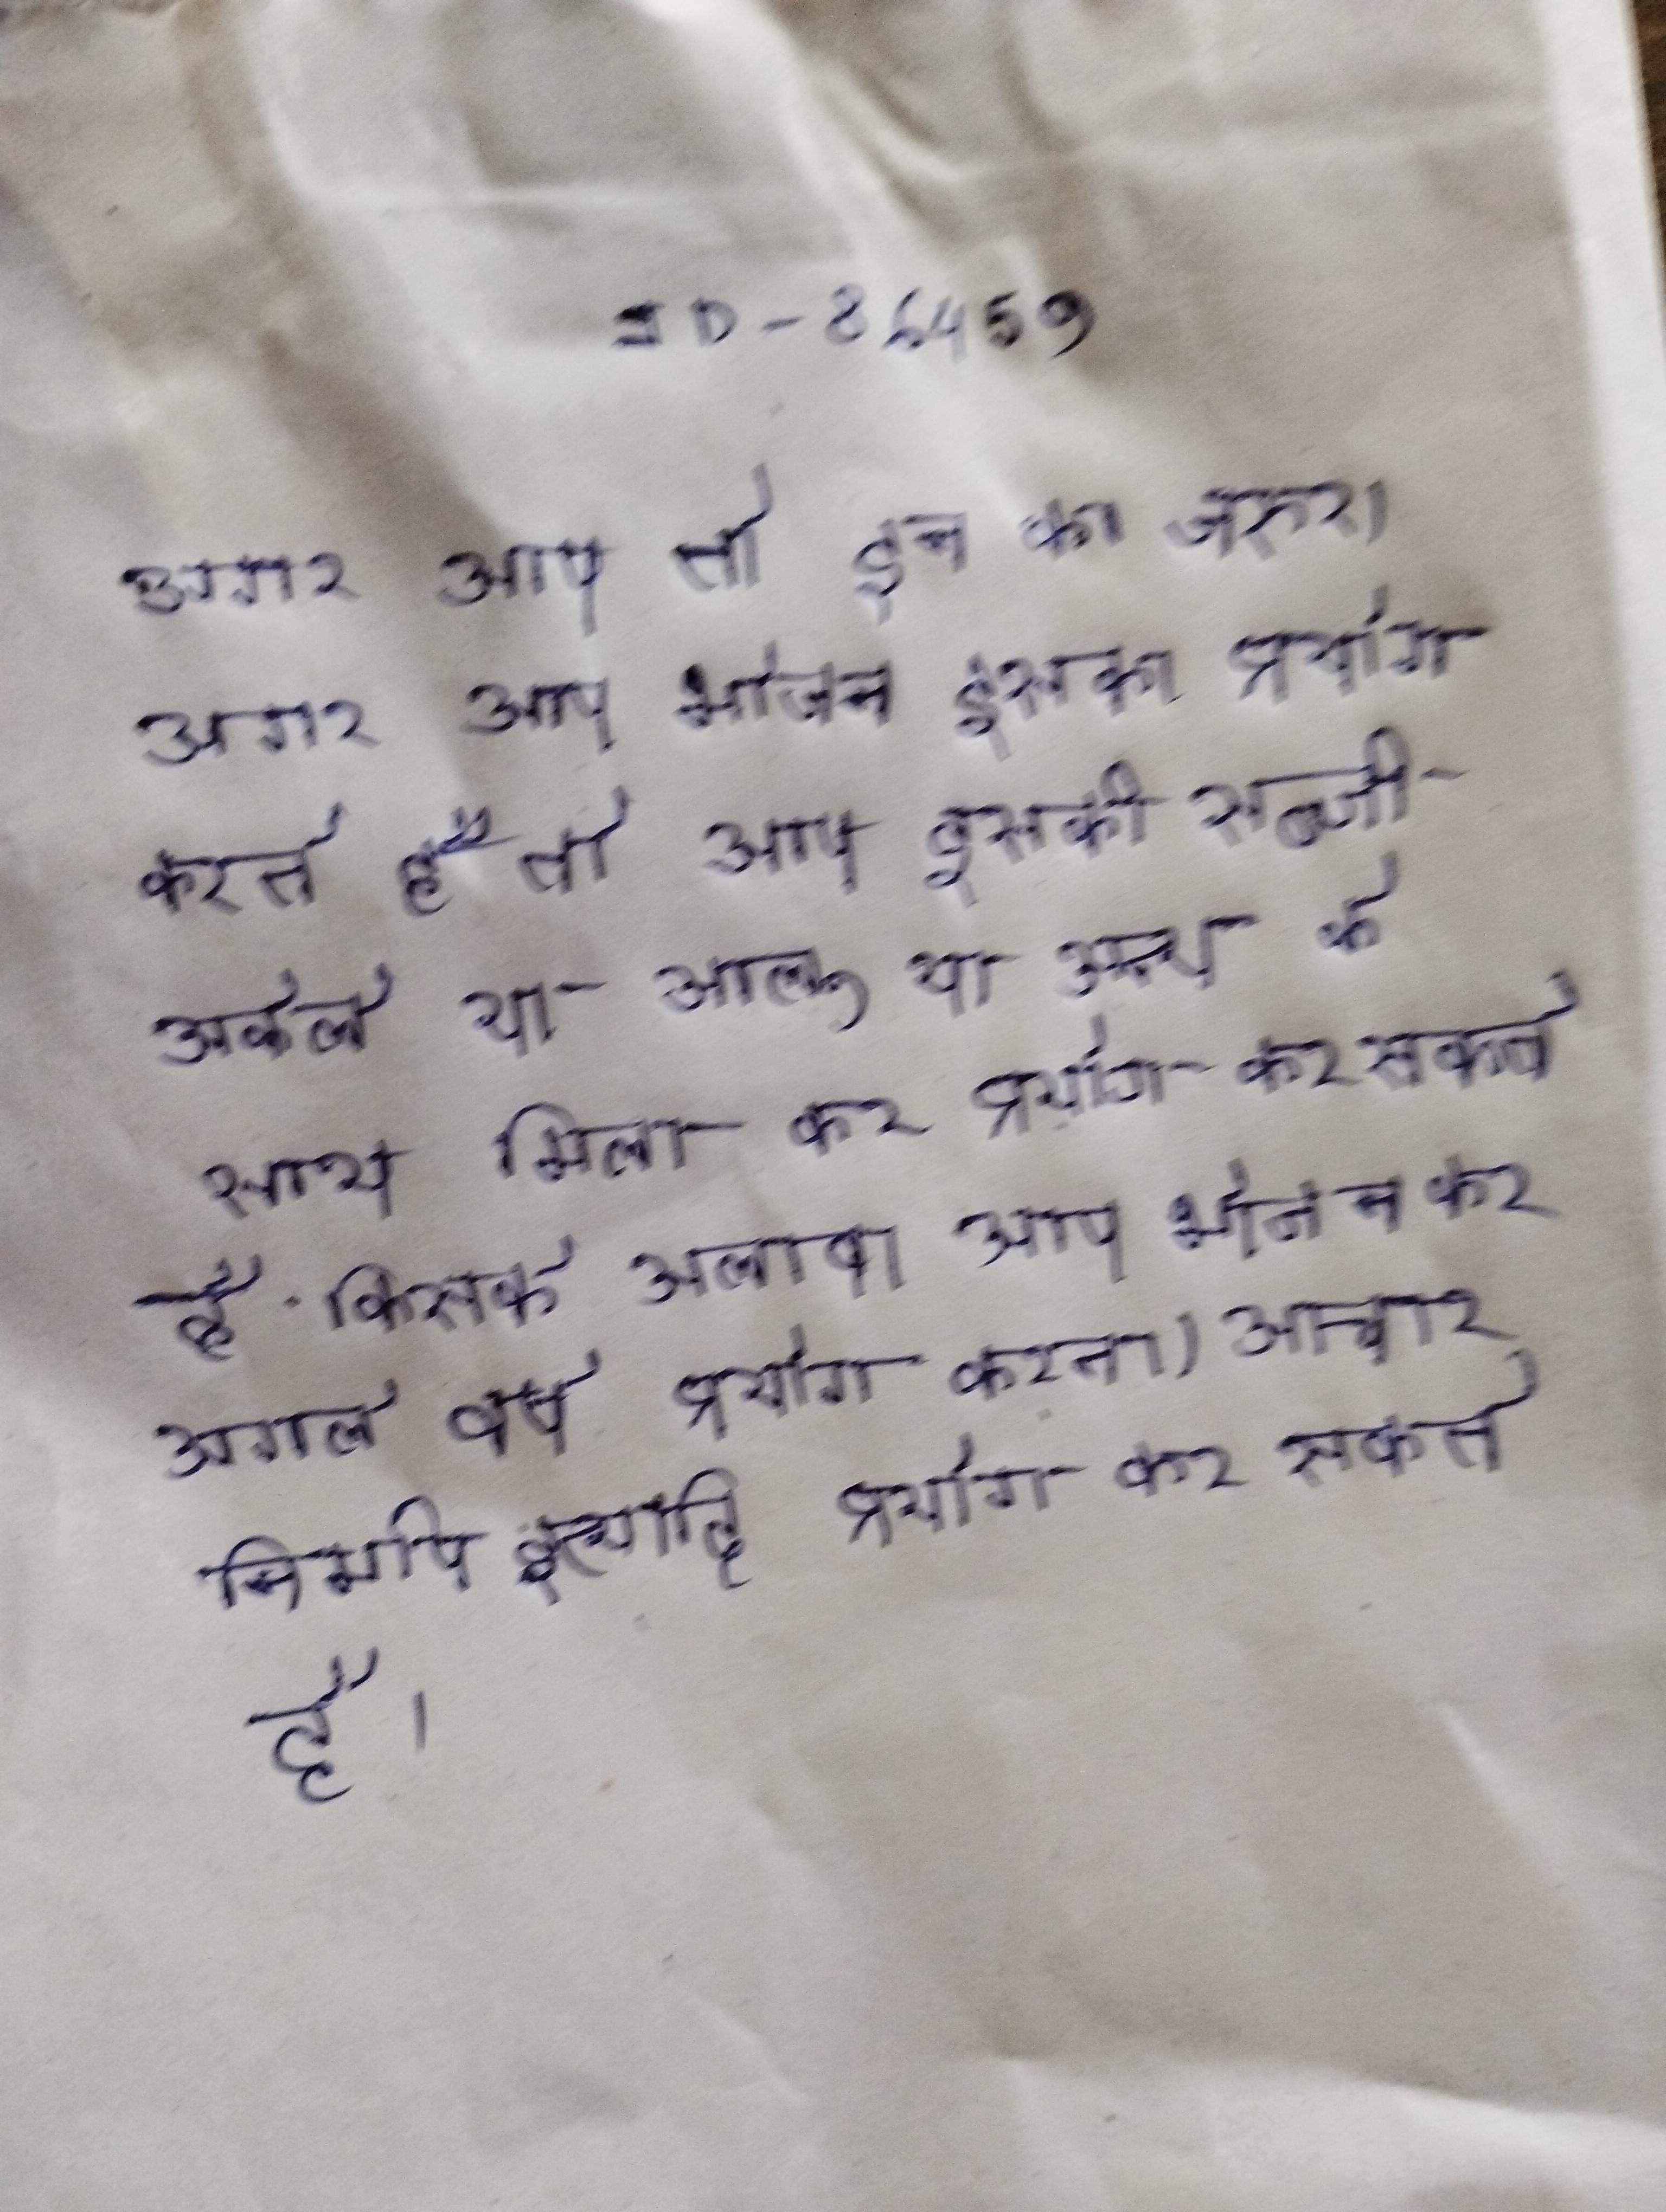
अगर आप तो इन का जरुर । अगर आप भोजन इसका प्रयोग करते है तो आप इसकी सब्जी अकेले या आलू या अन्य के साथ मिला कर प्रयोग कर सकते है किसके अलावा आप भोजन कर अगले वर्ष प्रयोग करना) आचार निर्माण इत्यादि प्रयोग कर सकते है ।